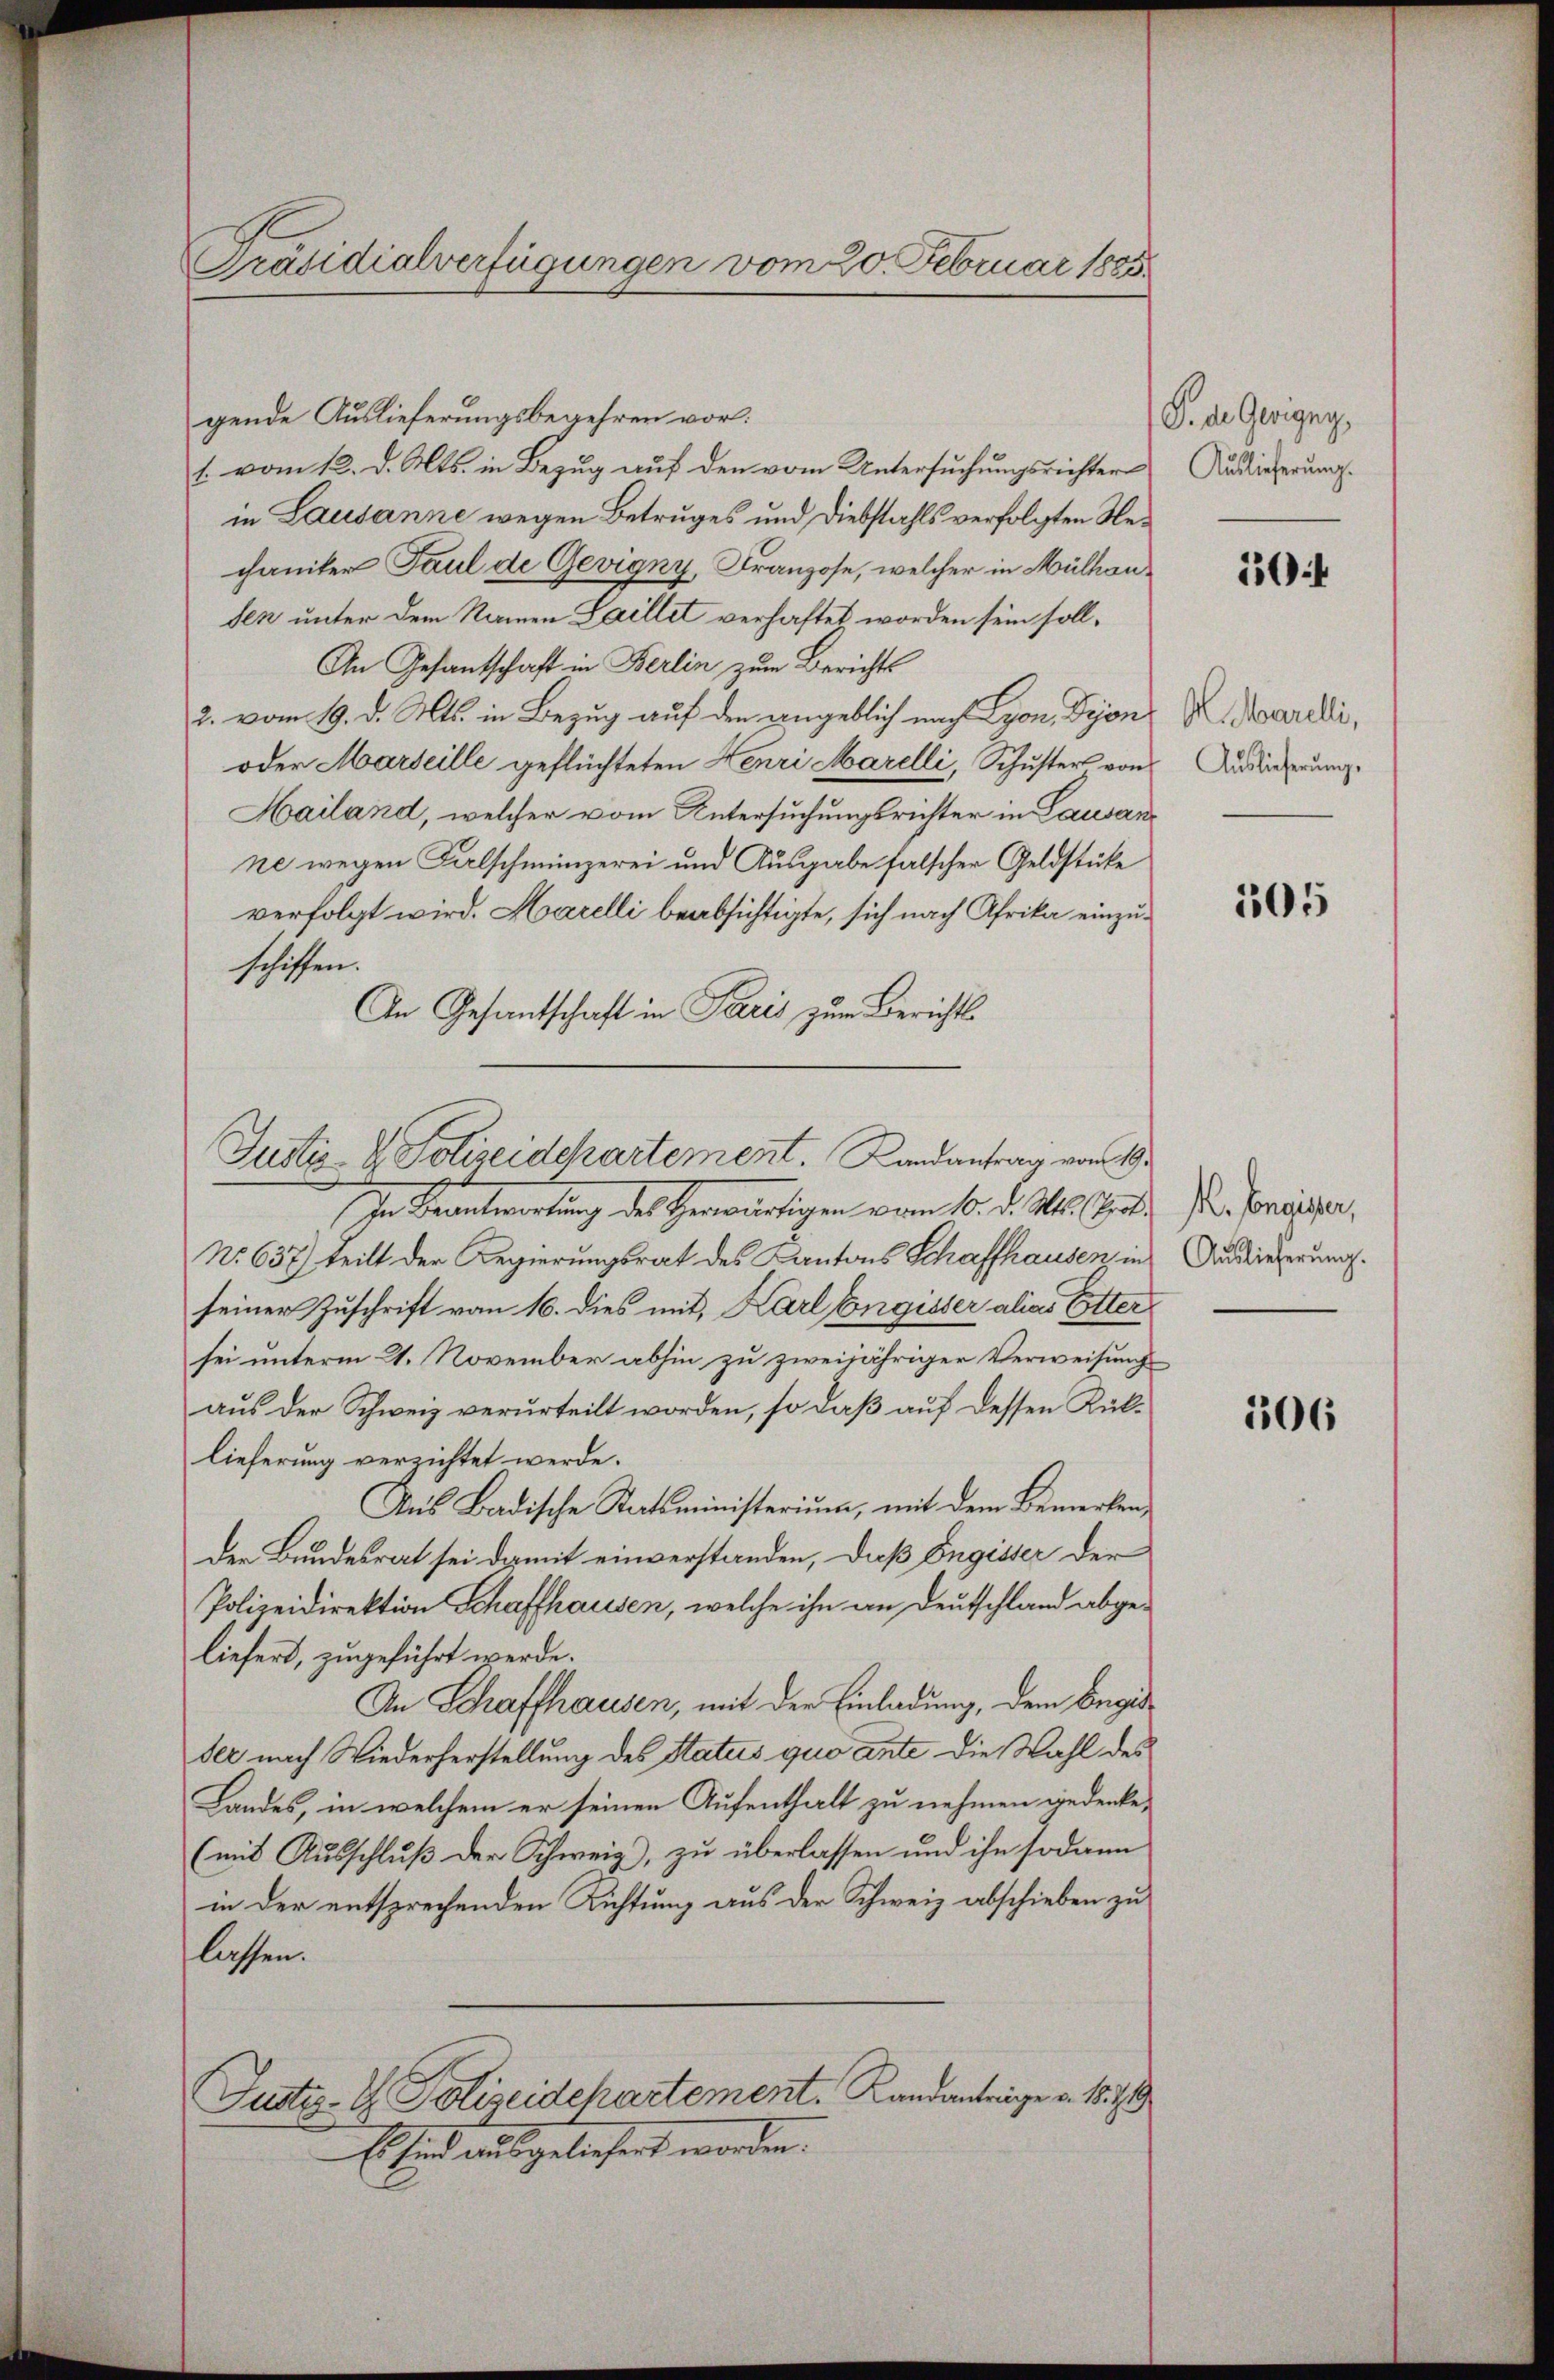
Präsidialverfügungen vom 20. Februar 1885.

gende Auslieferungsbegehren vor:
1. vom 12. d. Mts. in Bezug auf den vom Untersuchungsrichter
in Lausanne wegen Betruges und Diebstahls verfolgten Rechaniker Paul de Gevigny, Franzose, welcher in Mülhausen unter dem Namen Laillet verhaftet worden sein soll¬
An Gesantschaft in Berlin zum Berichts
2. vom 19. d. Mts. in Bezug auf den angeblich nach Lyon, Dijon
oder Marseille geflüchteten Henri Marelli, Schuster von
Hailand, welcher vom Untersuchungsrichter in Lausan
ne wegen Falschmünzerei und Ausgabe falscher Geldstücke
verfolgt wird. Harelli beabsichtigte, sich nach Afrika einzuschiffen.
An Gesantschaft in Paris zum Berichts

Justiz- & Polizeidchartement. Landantrag vom 19.

In Beantwortung des Herwärtigen vom 10. d. Ms. Got
No 637) teilt der Regierungsrat des Kantons Schaffhausen in
seiner Zuschrift vom 16. dies mit, Karl Engisser alias Etter
sei unterm 21. November abhin zu zweijähriger Verweisung
aus der Schweiz verurteilt worden, so daß auf dessen Rücklieferung verrichtet werde.
Aus Badische Staatsministerium, mit dem Bemerken,
der Bundesrat sei damit einverstanden, daß Engisser der
Polizeidirektion Schaffhausen, welche ihn an Deutschland abge-
liefert, zugeführt werde.
An Schaffhausen, mit der Einladung, dem Engis
der nach Wiederherstellung des Status quo ante die Wahl des
Landes, in welchem er seinen Aufenthalt zu nehmen wedenke,
(mit Ausschluß der Schweiz), zu überlassen und ihn sodann
in der entsprechenden Richtung aus der Schweiz abschieben zu
lassen.
Justiz- & Polizeidchartement. Kandantrige v. 1879
Es sind ausgeliefert worden.

O. d. Gevigny,
Auslieferung.

504

Al. Marelli,
Auslieferung,

105

K. Conaisser,
Auslieferŭng.

106